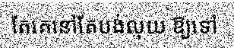
តែគេនៅតែបង់លុយ ឱ្យទៅ